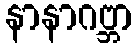
နာနာဂဗ္ဘာ